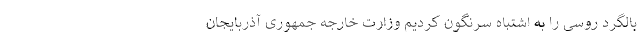
بالگرد روسی را به اشتباه سرنگون کردیم وزارت خارجه جمهوری آذربایجان